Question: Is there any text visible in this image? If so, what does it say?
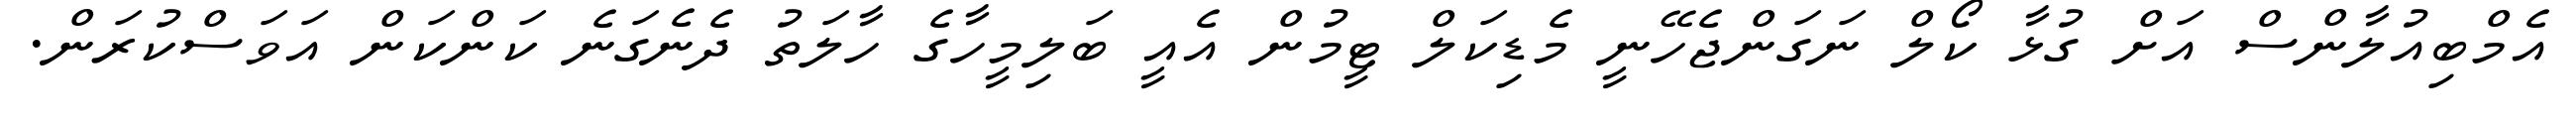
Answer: އެމްބިއުލާންސް އަށް ގުޅާ ކޯލް ނަގަންޖެހޭނީ މެޑިކަލް ޓީމުން އެއީ ބަލިމީހާގެ ހާލަތު ދެނެގަނެ ކަންކަން އަވަސްކުރަން.